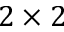
2 \times 2